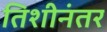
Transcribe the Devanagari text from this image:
तिशीनंतर